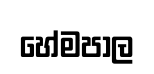
හේමපාල